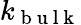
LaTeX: k_{\mathrm{~b~u~l~k~}}